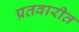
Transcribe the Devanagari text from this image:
प्रतवारीत